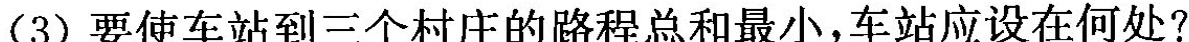
(3)要使车站到三个村庄的路程总和最小，车站应设在何处?